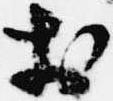
於